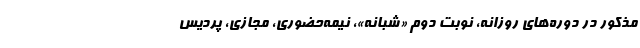
مذکور در دوره‌های‌ روزانه، نوبت دوم «شبانه»، نیمه‌حضوری، مجازی، پردیس